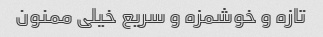
تازه و خوشمزه و سریع خیلی ممنون